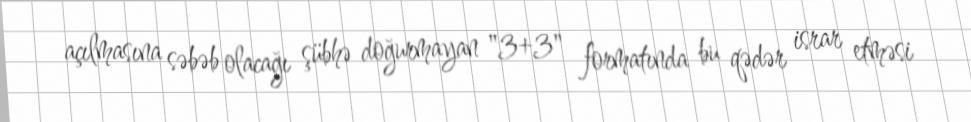
açılmasına səbəb olacağı şübhə doğurmayan "3+3" formatında bu qədər israr etməsi